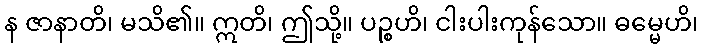
န ဇာနာတိ၊ မသိ၏။ ဣတိ၊ ဤသို့။ ပဉ္စဟိ၊ ငါးပါးကုန်သော။ ဓမ္မေဟိ၊